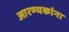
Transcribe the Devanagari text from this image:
आरण्यकांना